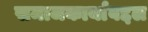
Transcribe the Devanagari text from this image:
समाजकार्याबद्दल